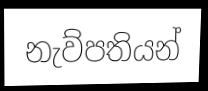
නැව්පතියන්